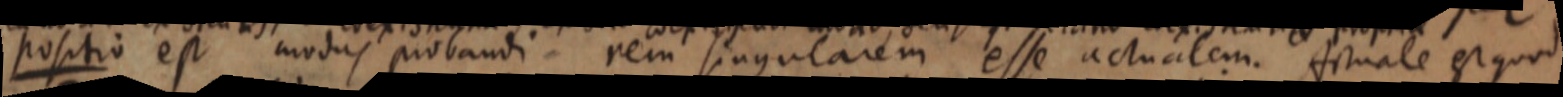
positio est modus probandi rem singularem esse actualem. Actuale est quod